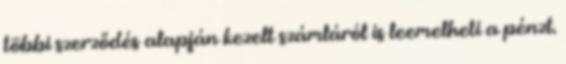
többi szerződés alapján kezelt számláról is leemelheti a pénzt.